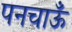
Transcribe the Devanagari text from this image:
पनचाऊँ